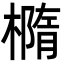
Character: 橢